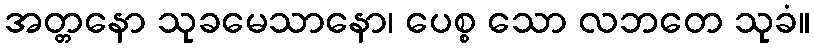
အတ္တနော သုခမေသာနော၊ ပေစ္စ သော လဘတေ သုခံ။